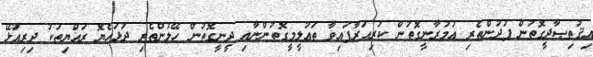
އިޤުތިޞާދީގޮތުން ފުދުންތެރި ޢުމުރާނީގޮތުން ކުރިއަރާފައިވާ ތަޢުލީމީގޮތުންނާއި ދީނީގޮތުން ހޭލުންތެރި ދުޅަހެޔޮ ރައްޔިތަކު ދިރިއުޅޭ